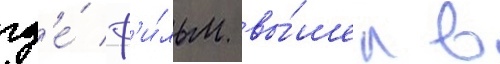
гд'е́ ф'и́льм вы́шел в